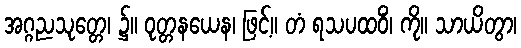
အဂ္ဂညသုတ္တေ၊ ၌။ ဝုတ္တနယေန၊ ဖြင့်။ တံ ရသပထဝိံ၊ ကို။ သာယိတွာ၊